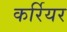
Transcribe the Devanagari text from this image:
कर्रियर